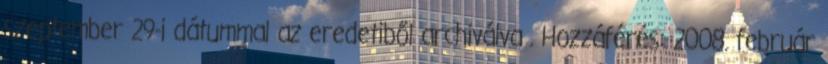
szeptember 29-i dátummal az eredetiből archiválva . Hozzáférés: 2008. február